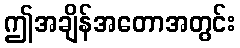
ဤအချိန်အတောအတွင်း